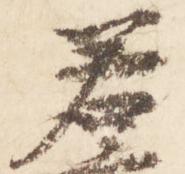
若